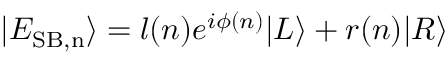
| E _ { \mathrm { S B , n } } \rangle = l ( n ) e ^ { i \phi ( n ) } | L \rangle + r ( n ) | R \rangle